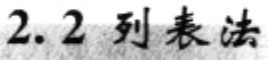
2.2 列表法